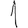
Digit: 1